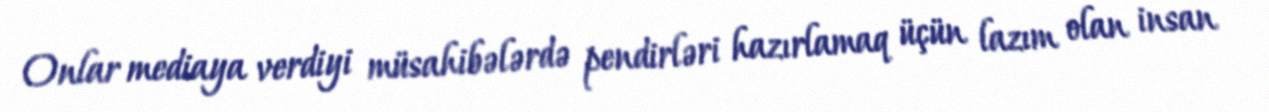
Onlar mediaya verdiyi müsahibələrdə pendirləri hazırlamaq üçün lazım olan insan